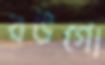
বউগো